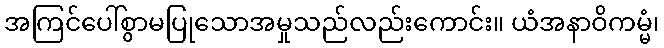
အကြင်ပေါ်စွာမပြုသောအမှုသည်လည်းကောင်း။ ယံအနာဝိကမ္မံ၊